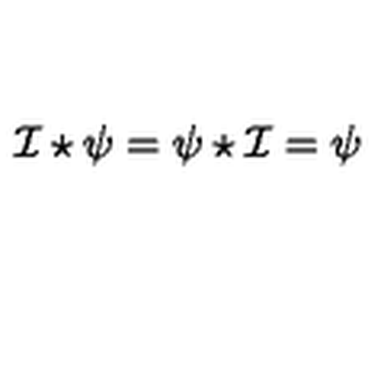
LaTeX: { \cal I } \star \psi = \psi \star { \cal I } = \psi